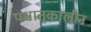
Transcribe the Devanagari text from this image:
पश्चात्‌कालीन